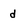
Character: d